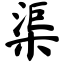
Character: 渠